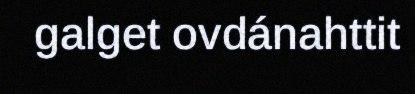
galget ovdánahttit